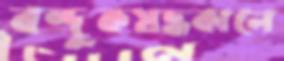
বন্দুকযদ্ধকালে